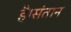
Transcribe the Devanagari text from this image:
है।संतान